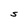
Character: S